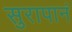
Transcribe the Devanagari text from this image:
सुरापानं